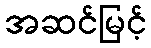
အဆင်မြင့်